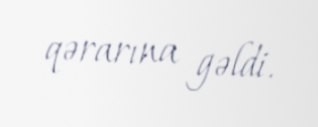
qərarına gəldi.